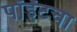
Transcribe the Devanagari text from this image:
पॉईंटचा